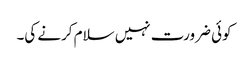
کوئی ضرورت نہیں سلام کرنے کی۔